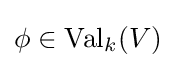
\phi \in \operatorname {Val} _{k}(V)